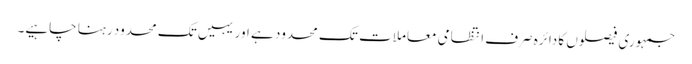
جمہوری فیصلوں کا دائرہ صرف انتظامی معاملات تک محدود ہے اور یہیں تک محدود رہنا چاہیے۔